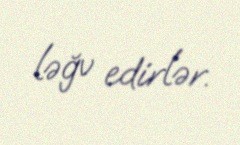
ləğv edirlər.